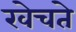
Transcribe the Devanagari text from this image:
खेचते